Language: tamil
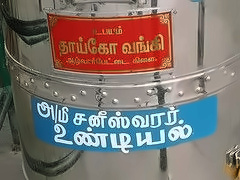
Transcription: அமீ சனீஸ்வரர் உண்டி தாய்கோ வங்கி யல்